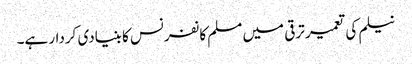
نیلم کی تعمیر ترقی میں مسلم کانفرنس کا بنیادی کردار ہے۔